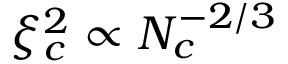
\ensuremath { \xi ^ { 2 } } _ { c } \propto N _ { c } ^ { - 2 / 3 }